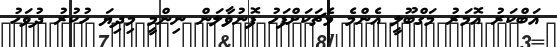
އަބްކަރު އޮމަރު މަގްބޫލީ އެންމެ މެޗަކަށްފަހު ފޮނުވާލަން ނިންމީ މިދިޔަ ހުކުރު ދުވަހު